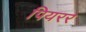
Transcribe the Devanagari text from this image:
पियरर